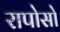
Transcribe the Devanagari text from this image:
रापोसो